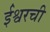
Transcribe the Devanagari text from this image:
ईश्वरची